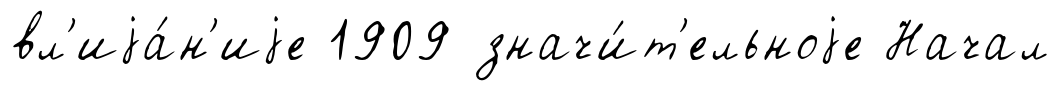
вл'иjа́н'иjе 1909 значи́т'ельноjе Начал